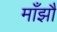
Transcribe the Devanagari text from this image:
माँझौ